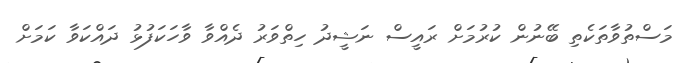
މަސްތުވާތަކެތި ބޭނުން ކުރުމަށް ރައީސް ނަޝީދު ހިތްވަރު ދެއްވާ ވާހަކަފުޅު ދައްކަވާ ކަމަށް